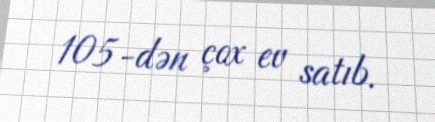
105-dən çox ev satıb.